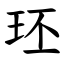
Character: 㺽